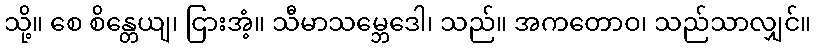
သို့။ စေ စိန္တေယျ၊ ငြားအံ့။ သီမာသမ္ဘေဒေါ၊ သည်။ အကတောဝ၊ သည်သာလျှင်။